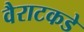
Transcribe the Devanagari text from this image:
वैराटकडे